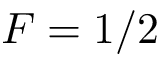
F = 1 / 2